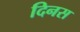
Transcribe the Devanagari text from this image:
दिनस